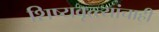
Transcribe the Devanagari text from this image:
शिष्यवृत्त्यांचाही